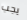
يجب